Vaccination report Assam 1896-1927 - 1896-1927
Year: 1896
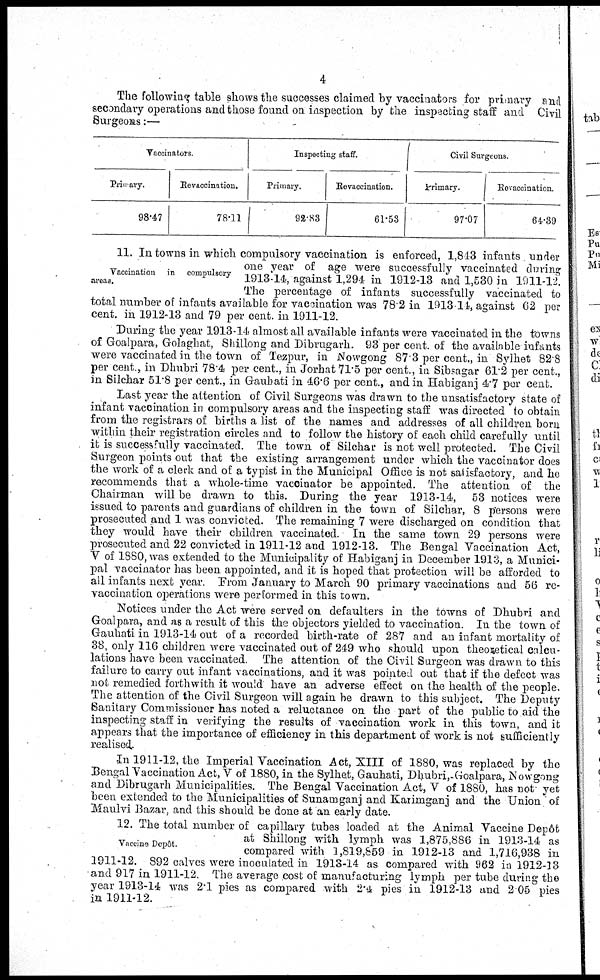
4
The following table shows the successes claimed by vaccinators for primary and
secondary operations and those found on inspection by the inspecting staff and Civil
Surgeons:—
Vaccinators.
Primary.
98.47
Revaccination.
78.11
Inspecting staff.
Primary.
92.83
Re-vaccination.
61.53
Civil Surgeons
Primary.
97.07
Revaccination.
64.39
Vaccination in compulsory
areas.
11. In towns in which compulsory vaccination is enforced, 1,813 infants under
one year of age were successfully vaccinated during
1913-14, against 1,294 in 1912-13 and 1,530 in 1911-12.
The percentage of infants successfully vaccinated to
total number of infants available for vaccination was 78.2 in 1913-14, against 62 per
cent. in 1912-13 and 79 per cent. in 1911-12.
During the year 1913-14 almost all available infants were vaccinated in the towns
of Goalpara, Golaghat, Shillong and Dibrugarh. 93 per cent. of the available infants
were vaccinated in the town of Tezpur, in Nowgong 87.3 per cent., in Sylhet 82.8
per cent., in Dhubri 78.4 per cent., in Jorhat 71.5 per cent., in Sibsagar 61.2 per cent.,
in Silchar 51.8 per cent., in Gauhati in 46.6 per cent., and in Habiganj 4.7 per cent.
Last year the attention of Civil Surgeons was drawn to the unsatisfactory state of
infant vaccination in compulsory areas and the inspecting staff was directed to obtain
from the registrars of births a list of the names and addresses of all children born
within their registration circles and to follow the history of each child carefully until
it is successfully vaccinated. The town of Silchar is not well protected. The Civil
Surgeon points out that the existing arrangement under which the vaccinator does
the work of a clerk and of a typist in the Municipal Office is not satisfactory, and he
recommends that a whole-time vaccinator be appointed. The attention of the
Chairman will be drawn to this. During the year 1913-14, 53 notices were
issued to parents and guardians of children in the town of Silchar, 8 persons were
prosecuted and 1 was convicted. The remaining 7 were discharged on condition that
they would have their children vaccinated. In the same town 29 persons were
prosecuted and 22 convicted in 1911-12 and 1912-13. The Bengal Vaccination Act,
V of 1880, was extended to the Municipality of Habiganj in December 1913, a Munici-
pal vaccinator has been appointed, and it is hoped that protection will be afforded to
all infants next year. From January to March 90 primary vaccinations and 56 re-
vaccination operations were performed in this town.
Notices under the Act were served on defaulters in the towns of Dhubri and
Goalpara, and as a result of this the objectors yielded to vaccination. In the town of
Gauhati in 1913-14 out of a recorded birth-rate of 287 and an infant mortality of
38, only 116 children were vaccinated out of 249 who should upon theoretical calcu-
lations have been vaccinated. The attention of the Civil Surgeon was drawn to this
failure to carry out infant vaccinations, and it was pointed out that if the defect was
not remedied forthwith it would have an adverse effect on the health of the people.
The attention of the Civil Surgeon will again be drawn to this subject. The Deputy
Sanitary Commissioner has noted a reluctance on the part of the public to aid the
inspecting staff in verifying the results of vaccination work in this town, and it
appears that the importance of efficiency in this department of work is not sufficiently
realised.
In 1911-12, the Imperial Vaccination Act, XIII of 1880, was replaced by the
Bengal Vaccination Act, V of 1880, in the Sylhet, Gauhati, Dhubri, Goalpara, Nowgong
and Dibrugarh Municipalities. The Bengal Vaccination Act, V of 1880, has not yet
been extended to the Municipalities of Sunamganj and Karimganj and the Union of
Maulvi Bazar, and this should be done at an early date.
Vaccine Depôt.
12. The total number of capillary tubes loaded at the Animal Vaccine Depôt
at Shillong with lymph was 1,875,886 in 1913-14 as
compared with 1,819,859 in 1912-13 and 1,716,938 in
1911-12. 892 calves were inoculated in 1913-14 as compared with 962 in 1912-13
and 917 in 1911-12. The average cost of manufacturing lymph per tube during the
year 1913-14 was 2.1 pies as compared with 2.4 pies in 1912-13 and 2.05 pies
in 1911-12.